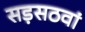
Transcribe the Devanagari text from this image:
सड़सठवां